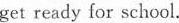
get ready for school.